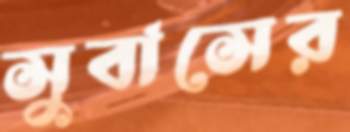
সুবাসের